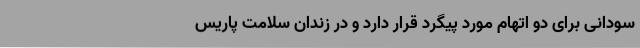
سودانی برای دو اتهام مورد پیگرد قرار دارد و در زندان سلامت پاریس